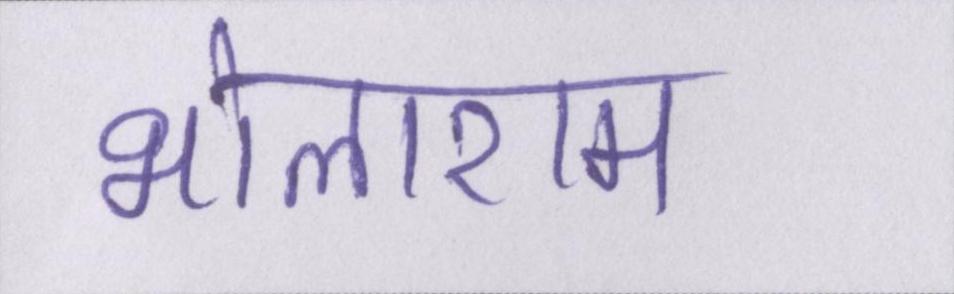
भोलाराम